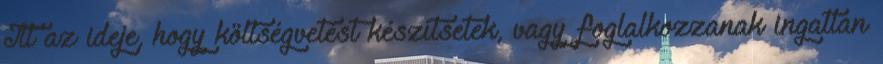
Itt az ideje, hogy költségvetést készítsetek, vagy foglalkozzanak ingatlan